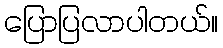
ပြောပြလာပါတယ်။